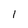
Character: 1